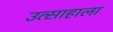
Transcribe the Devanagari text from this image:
उत्साहाला